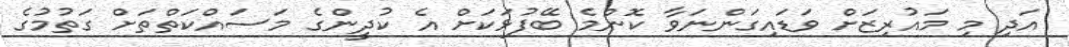
އަދި މި މައުރިޒަށް ވަޑައިގަންނަވާ ކޮންމެ ބޭފުޅަކަށް އެ ކުދީންގެ މަސައްކަތްތަށް ގަތުމުގެ